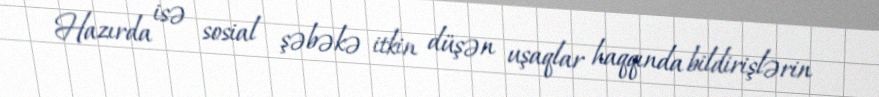
Hazırda isə sosial şəbəkə itkin düşən uşaqlar haqqında bildirişlərin